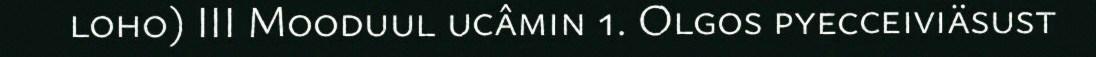
loho) III Mooduul ucâmin 1. Olgos pyecceiviäsust